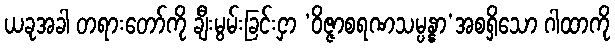
ယခုအခါ တရားတော်ကို ချီးမွမ်းခြင်းငှာ ‘ဝိဇ္ဇာစရဏသမ္ပန္နာ’အစရှိသော ဂါထာကို